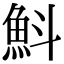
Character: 𩵬